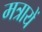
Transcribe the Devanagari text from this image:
मत्रायें